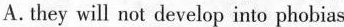
A. they will not develop into phobias